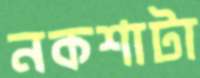
নকশাটা